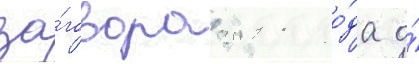
за́говора 2011 го́да о́